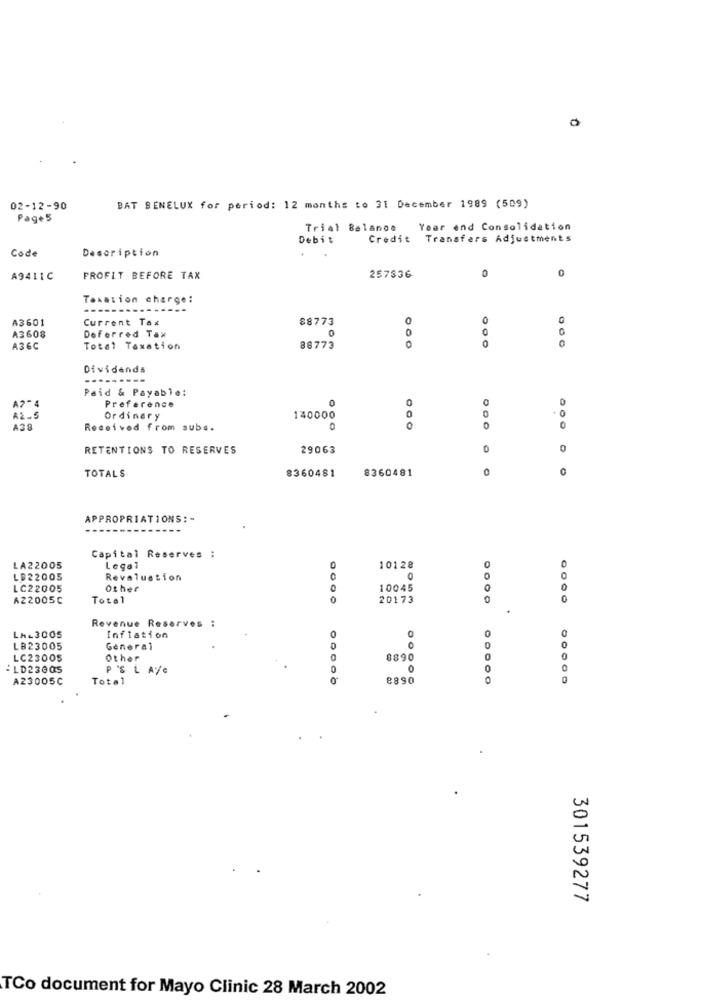
02-12-90
BAT BENELUX for period: 12 months to 31 December 1989 (509)
Pag+5
Trial Balance
Year end Consolidation
Debit
Credit Transfers Adjustments
Code
Description
0
A9411C
PROFIT BEFORE TAX
257836
0
Taxation charge:
----
-------
A3601
Current Tax
88773
0
0
A3608
0
Deferred Tax
A36C
Total Taxation
88773
0
Dividends
Paid & Payable:
0
0
0
Preference
O
0
1.5
Ordinary
140000
0
A38
Received from subs.
0
RETENTIONS TO RESERVES
29063
0
0
8360481
8360481
0
TOTALS
APPROPRIATIONS: -
Capital Reserves :
0
LA22005
Legal
0
10128
LB22005
Revaluation
0
LC22005
Other
10045
0
AZ2005C
Total
0
20173
0
Revenue Reserves :
0
LA-3005
Inflation
0
0
LB23005
General
0
0
LC23005
Other
0
0890
0
:LD23005
P 'S L AVe
0
O
0
A23005C
Total
0
8890
0
0
.
301539277
TCo document for Mayo Clinic 28 March 2002